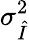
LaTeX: \sigma_{\hat{I}}^{2}